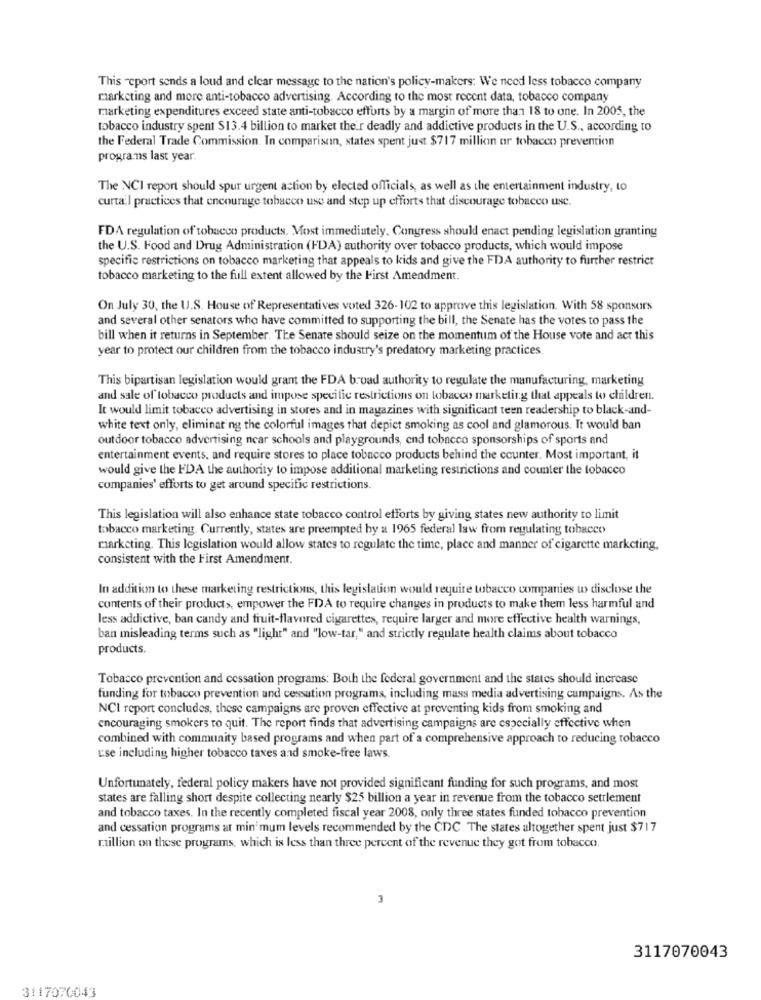
This report sends a loud and clear message to the nation's policy-makers: We need less tobacco company
marketing and more anti-tobacco advertising. According to the most recent data, tobacco company
marketing expenditures exceed state anti-tobacco efforts by a margin of more than 18 to one. In 2005, the
tobacco industry spent $13.4 billion to market their deadly and addictive products in the U.S ., according to
the Federal Trade Commission. In comparison, states spent just $717 million or tobacco prevention
programms last year.
The NCI report should spur urgent action by elected officials, as well as the entertainment industry, to
curtail practices that encourage tobacco use and step up efforts that discourage tobacco use.
FDA regulation of tobacco products. Most immediately, Congress should enact pending legislation granting
the U.S. Food and Drug Administration (FDA) authority over tobacco products, which would impose
specific restrictions on tobacco marketing that appeals to kids and give the FDA authority to further restrict
tobacco marketing to the full extent allowed by the First Amendment.
On July 30, the U.S. House of Representatives voted 326-102 to approve this legislation. With 58 sponsors
and several other senators who have committed to supporting the bill, the Senate has the votes to pass the
bill when it returns in September. The Senate should seize on the momentum of the House vote and act this
year to protect our children from the tobacco industry's predatory marketing practices
This bipartisan legislation would grant the FDA broad authority to regulate the manufacturing, marketing
and sale of tobacco products and impose specific restrictions on tobacco marketing that appeals to children.
It would limit tobacco advertising in stores and in magazines with significant teen readership to black-and-
white text only, eliminating the colorful images that depict smoking as cool and glamorous. It would ban
outdoor tobacco advertising near schools and playgrounds, end tobacco sponsorships of sports and
entertainment events, and require stores to place tobacco products behind the counter. Most important, it
would give the FDA the authority to impose additional marketing restrictions and counter the tobacco
companies' efforts to get around specific restrictions.
This legislation will also enhance state tobacco control efforts by giving states new authority to limit
tobacco marketing. Currently, states are preempted by a 1965 federal law from regulating tobacco
marketing. This legislation would allow states to regulate the time, place and manner of cigarette marketing,
consistent with the First Amendment.
In addition to these marketing restrictions, this legislation would require tobacco companies w> disclose the
contents of their products, empower the FDA to require changes in products to make them less harmful and
less addictive, ban candy and fruit-flavored cigarettes, require larger and more effective health warnings,
ban misleading terms such as "light" and "low-tar," and strictly regulate health claims about tobacco
products.
Tobacco prevention and cessation programs: Both the federal government and the states should increase
funding for tobacco prevention and cessation programs, including mass media advertising campaigns. As the
NCI report concludes, these campaigns are proven effective at preventing kids from smoking and
encouraging smokers to quit. The report finds that advertising campaigns are especially effective when
combined with community based programs and when part of a comprehensive approach to reducing tobacco
use including higher tobacco taxes and smoke-free laws.
Unfortunately, federal policy makers have not provided significant funding for such programs, and most
states are falling short despite collecting nearly $25 billion a year in revenue from the tobacco settlement
and tobacco taxes. In the recently completed fiscal year 2008, only three states funded tobacco prevention
and cessation programs at min'mum levels recommended by the CDC The states altogether spent just $717
million on these programs, which is less than three percent of the revenue they got from tobacco.
3
3117070043
3117070043